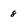
Character: 8